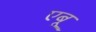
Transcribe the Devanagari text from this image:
एबू